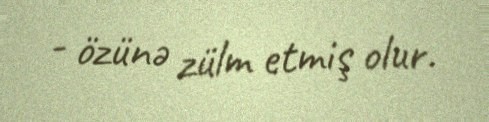
- özünə zülm etmiş olur.